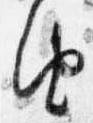
由